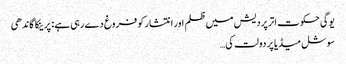
یوگی حکوت اتر پردیش میں ظلم اور انتشار کو فروغ دے رہی ہے : پرینکا گاندھی
سوشل میڈیا پر دولت کی…